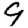
Digit: 9